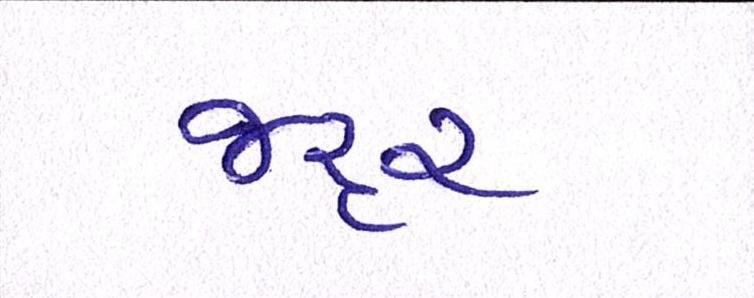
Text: જરૃર